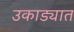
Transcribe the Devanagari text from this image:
उकाड्यात